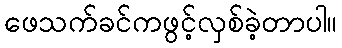
ဖေသက်ခင်ကဖွင့်လှစ်ခဲ့တာပါ။